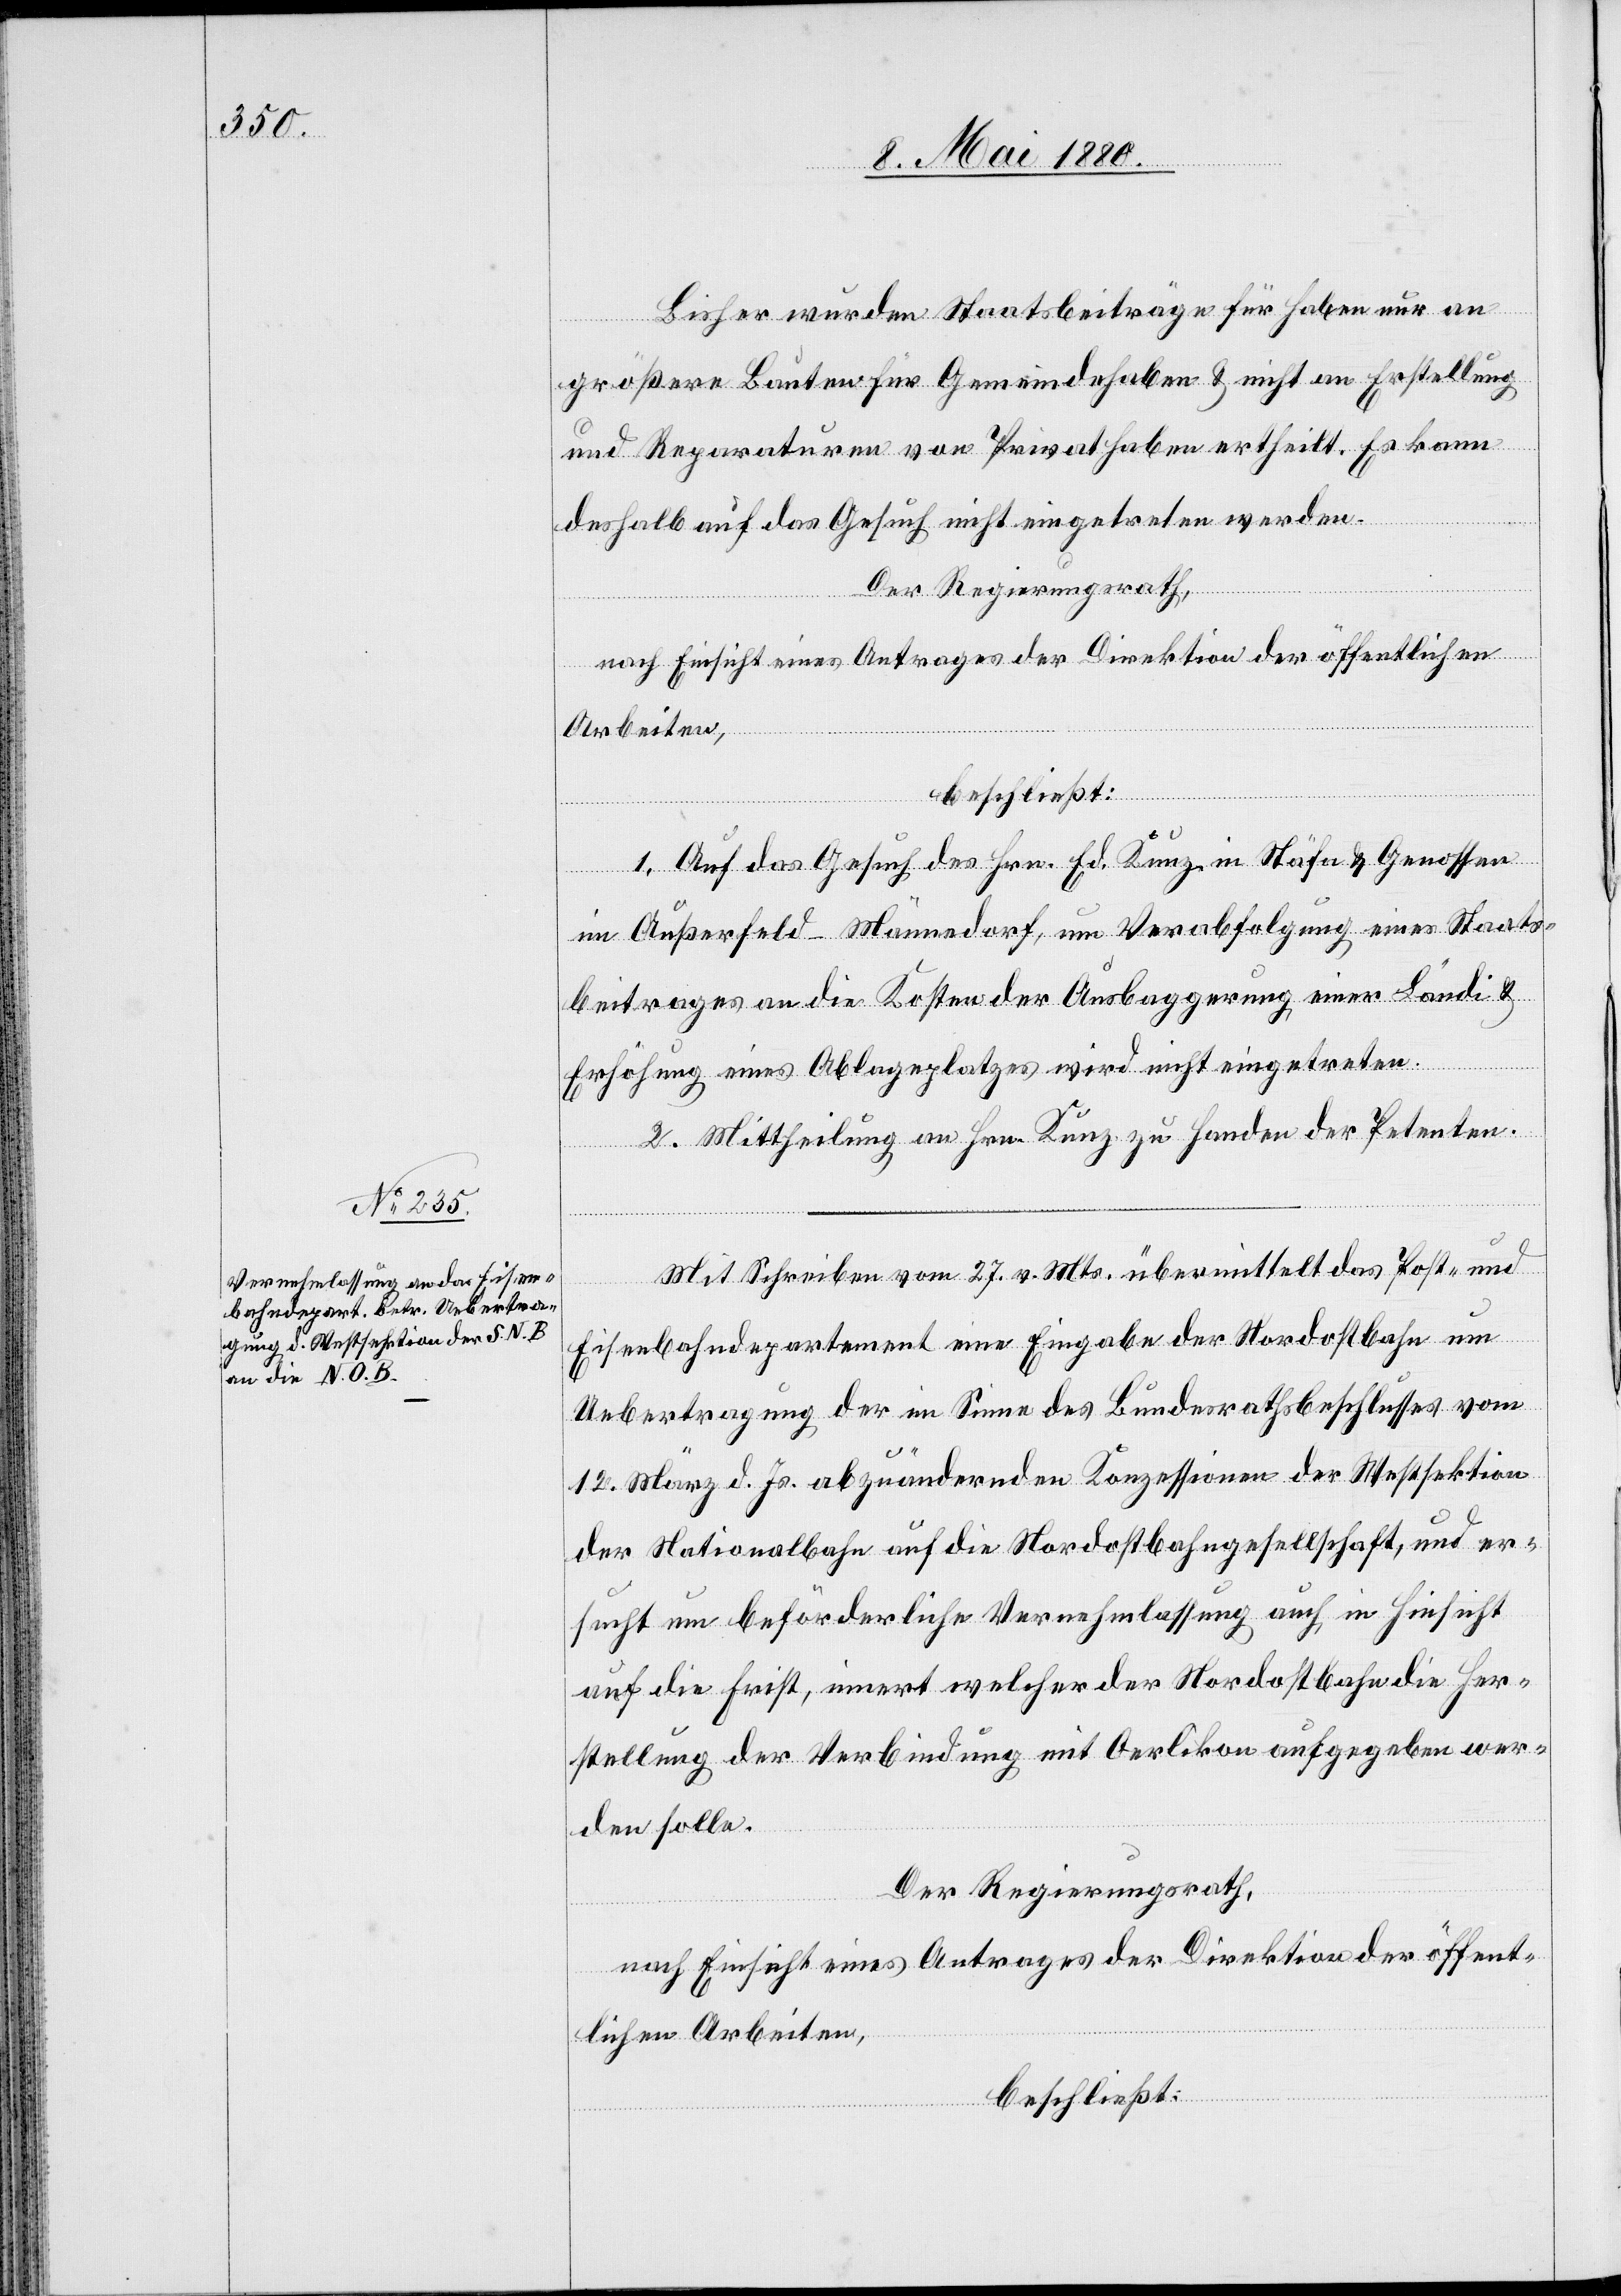
Bisher wurden Staatsbeiträge für Haben nur an
größere Bauten für Gemeindehaben & nicht an Erstellung
und Reparaturen von Privathaben ertheilt. Es kann
deshalb auf das Gesuch nicht eingetreten werden.
Der Regierungsrath,
nach Einsicht eines Antrages der Direktion der öffentlichen
Arbeiten,
beschließt:
1. Auf das Gesuch des Hrn. Ed. Kunz, in Stäfa & Genossen
im Außerfeld - Männedorf, um Verabfolgung eines Staats¬
beitrages an die Kosten der Ausbaggerung einer Ländi &
Erhöhung eines Ablageplatzes wird nicht eingetreten.
2. Mittheilung an Hrn. Kunz zu Handen der Petenten.
Mit Schreiben vom 27. v. Mts. übermittelt das Post- und
Eisenbahndepartement eine Eingabe der Nordostbahn um
Uebertragung der im Sinne des Bundesrathsbeschlusses vom
12. März d. Js. abzuändernden Konzessionen der Westsektion
der Nationalbahn auf die Nordostbahngesellschaft, und er¬
sucht beförderliche Vernehmlassung auch in Hinsicht
auf die Frist, innert welcher der Nordostbahn die Her¬
stellung der Verbindung mit Oerlikon aufgegeben wer¬
den solle.
Der Regierungsrath,
nach Einsicht eines Antrages der Direktion der öffent¬
lichen Arbeiten,
beschließt: